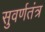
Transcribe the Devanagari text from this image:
सुवर्णतंत्र